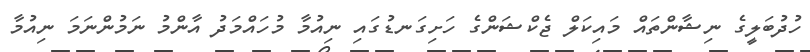
ހުދުބަލީގެ ނިޝާންތައް މައިކަލް ޖެކްޝަންގެ ހަށިގަނޑުގައި ނިއުމާ މުހައްމަދު އާންމު ނަމުންނަމަ ނިއުމާ